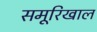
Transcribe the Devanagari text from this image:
समूरिखाल